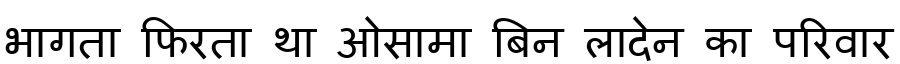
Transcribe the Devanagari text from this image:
भागता फिरता था ओसामा बिन लादेन का परिवार